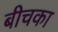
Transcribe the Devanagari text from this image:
बीचका